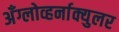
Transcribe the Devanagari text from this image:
अँग्लोव्हर्नाक्युलर